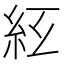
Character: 𥾬